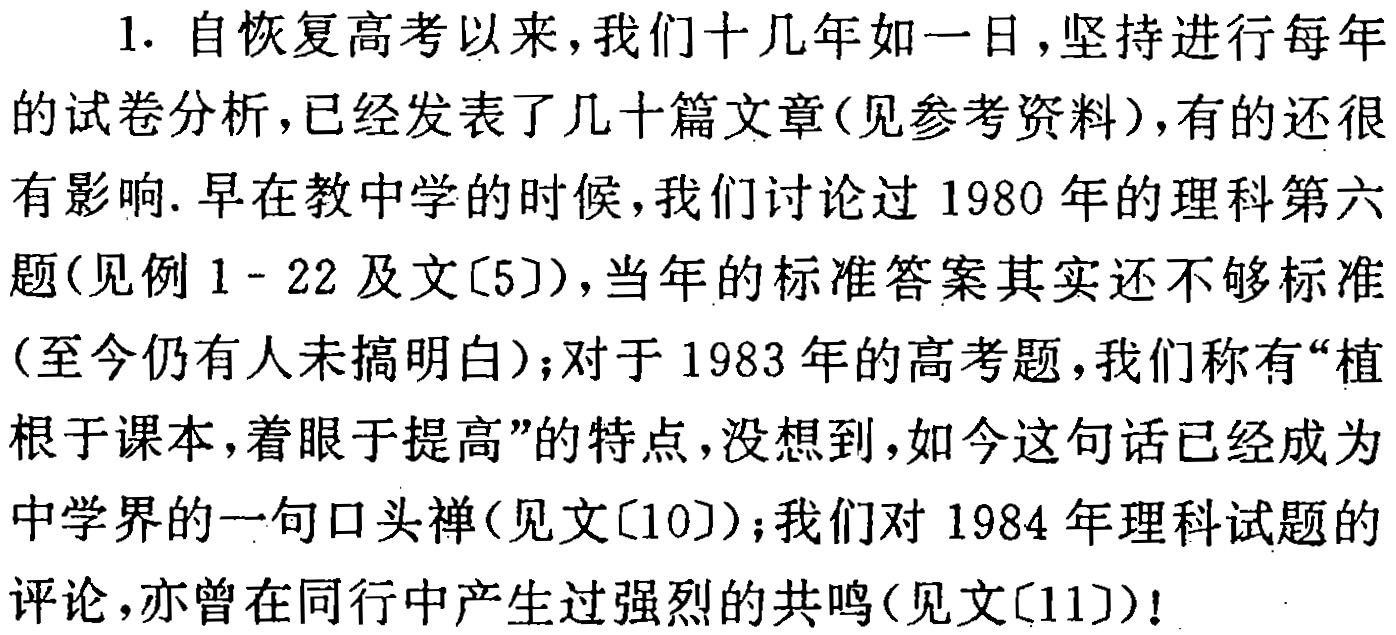
1. 自恢复高考以来，我们十几年如一日，坚持进行每年的试卷分析，已经发表了几十篇文章(见参考资料)，有的还很有影响. 早在教中学的时候，我们讨论过1980年的理科第六题(见例1 - 22及文[5])，当年的标准答案其实还不够标准(至今仍有人未搞明白)；对于1983年的高考题，我们称有“植根于课本，着眼于提高”的特点，没想到，如今这句话已经成为中学界的一句口头禅(见文[10])；我们对1984年理科试题的评论，亦曾在同行中产生过强烈的共鸣(见文[11])!